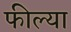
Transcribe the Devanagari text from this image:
फील्या